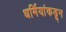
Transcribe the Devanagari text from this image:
धर्मियांकडून